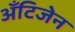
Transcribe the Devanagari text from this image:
ॲंटिजेन